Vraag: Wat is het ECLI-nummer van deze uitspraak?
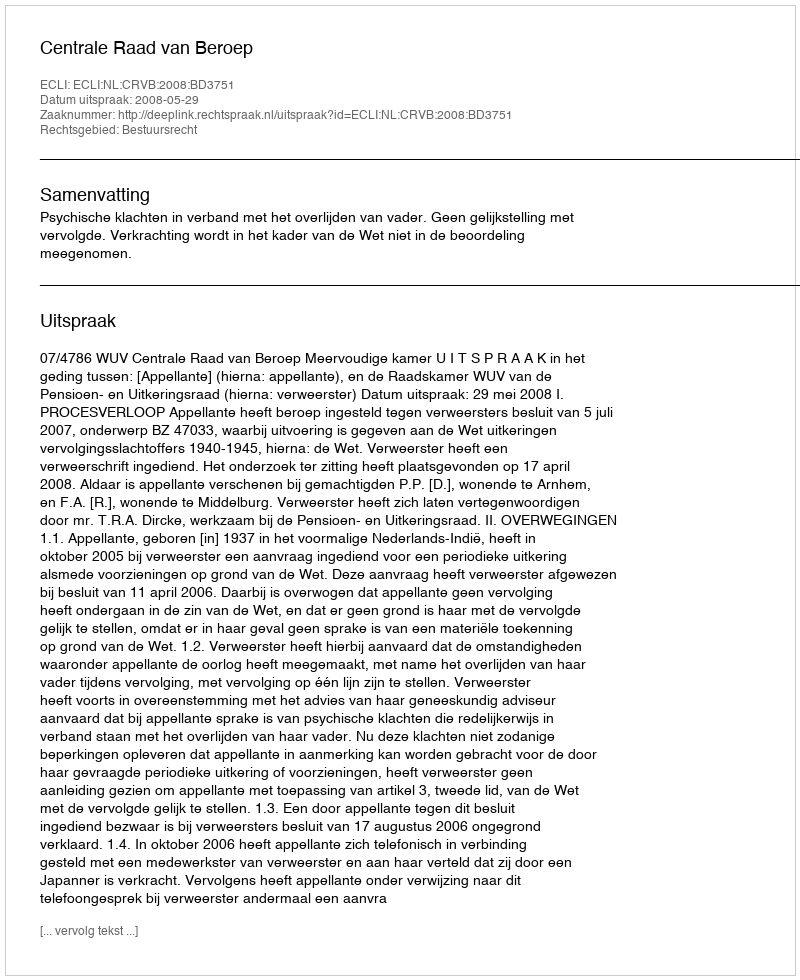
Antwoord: ECLI:NL:CRVB:2008:BD3751